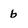
Character: b